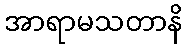
အာရာမသတာနိ